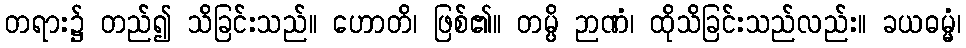
တရား၌ တည်၍ သိခြင်းသည်။ ဟောတိ၊ ဖြစ်၏။ တမ္ပိ ဉာဏံ၊ ထိုသိခြင်းသည်လည်း။ ခယဓမ္မံ၊